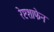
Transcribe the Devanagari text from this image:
रेष्टशाफेन